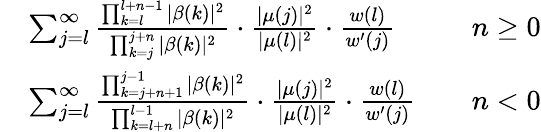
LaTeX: \begin{array}{rlrl}&{\sum_{j=l}^{\infty}\frac{\prod_{k=l}^{l+n-1}|\beta(k)|^{2}}{\prod_{k=j}^{j+n}|\beta(k)|^{2}}\cdot\frac{|\mu(j)|^{2}}{|\mu(l)|^{2}}\cdot\frac{w(l)}{w^{\prime}(j)}}&&{n\ge 0}\\ &{\sum_{j=l}^{\infty}\frac{\prod_{k=j+n+1}^{j-1}|\beta(k)|^{2}}{\prod_{k=l+n}^{l-1}|\beta(k)|^{2}}\cdot\frac{|\mu(j)|^{2}}{|\mu(l)|^{2}}\cdot\frac{w(l)}{w^{\prime}(j)}}&&{n<0}\end{array}